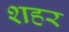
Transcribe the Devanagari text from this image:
श्‍ाहर